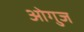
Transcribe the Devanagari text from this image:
ओगुज